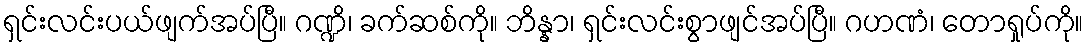
ရှင်းလင်းပယ်ဖျက်အပ်ပြီ။ ဂဏ္ဍိ၊ ခက်ဆစ်ကို။ ဘိန္နာ၊ ရှင်းလင်းစွာဖျင်အပ်ပြီ။ ဂဟဏံ၊ တောရှုပ်ကို။